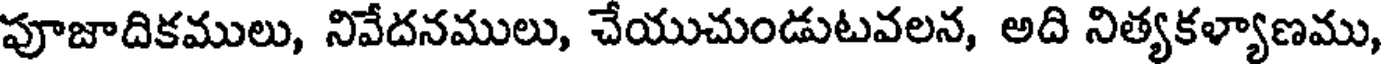
పూజాదికములు, నివేదనములు, చేయుచుండుటవలన, అది నిత్యకళ్యాణము,